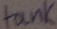
Text: tank